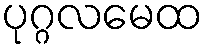
ပုဂ္ဂလမေထ